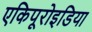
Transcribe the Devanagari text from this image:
एकिपूरोइडिया